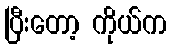
ပြီးတော့ ကိုယ်က